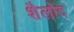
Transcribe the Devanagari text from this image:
शैलोद